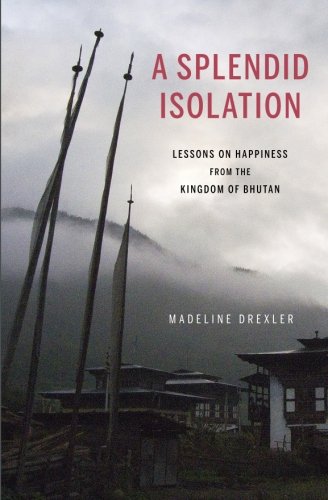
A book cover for A Splendid Isolation: Lessons on Happiness from the Kingdom of Bhutan; Madeline Drexler; Travel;